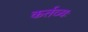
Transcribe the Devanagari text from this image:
कर्तव्यः